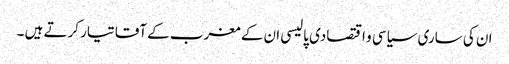
ان کی ساری سیاسی و اقتصادی پالیسی ان کے مغرب کے آقا تیار کرتے ہیں ۔